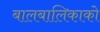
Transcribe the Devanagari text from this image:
बालबालिकाको